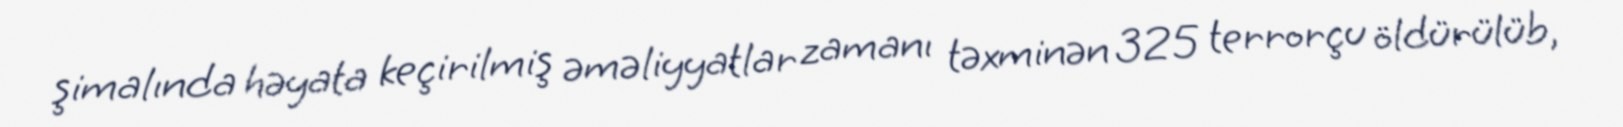
şimalında həyata keçirilmiş əməliyyatlar zamanı təxminən 325 terrorçu öldürülüb,